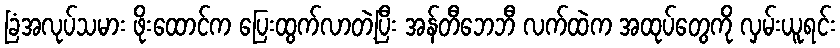
ခြံအလုပ်သမား ဖိုးထောင်က ပြေးထွက်လာတဲ့ပြီး အန်တီဘေဘီ လက်ထဲက အထုပ်တွေကို လှမ်းယူရင်း